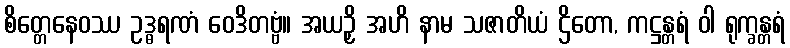
စိတ္တေနေဝဿ ဥဒ္ဓရဏံ ဝေဒိတဗ္ဗံ။ အယဉှိ အဟိ နာမ သဇာတိယံ ဌိတော, ကဋ္ဌန္တရံ ဝါ ရုက္ခန္တရံ